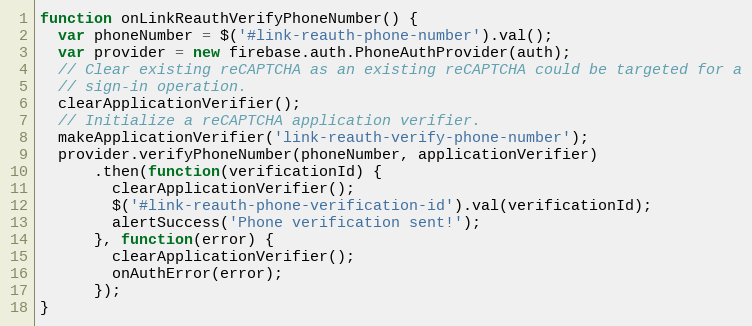
Language: JavaScript
function onLinkReauthVerifyPhoneNumber() {
  var phoneNumber = $('#link-reauth-phone-number').val();
  var provider = new firebase.auth.PhoneAuthProvider(auth);
  // Clear existing reCAPTCHA as an existing reCAPTCHA could be targeted for a
  // sign-in operation.
  clearApplicationVerifier();
  // Initialize a reCAPTCHA application verifier.
  makeApplicationVerifier('link-reauth-verify-phone-number');
  provider.verifyPhoneNumber(phoneNumber, applicationVerifier)
      .then(function(verificationId) {
        clearApplicationVerifier();
        $('#link-reauth-phone-verification-id').val(verificationId);
        alertSuccess('Phone verification sent!');
      }, function(error) {
        clearApplicationVerifier();
        onAuthError(error);
      });
}